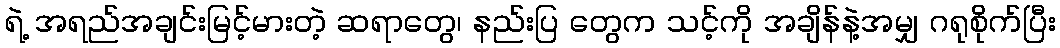
ရဲ့ အရည်အချင်းမြင့်မားတဲ့ ဆရာတွေ၊ နည်းပြ တွေက သင့်ကို အချိန်နဲ့အမျှ ဂရုစိုက်ပြီး